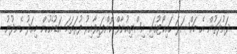
ދައުލަތުން އެ މައްސަލަ ހައިކޯޓުގައި އިސްތިއުނާފް ކޮށްފައިވާއިރު ފުރަތަމަ އަޑުއެހުން މިއަދު ހެނދުނު